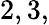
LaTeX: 2,3,